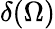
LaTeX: \delta(\Omega)